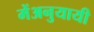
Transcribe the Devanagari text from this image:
मेंअनुयायी